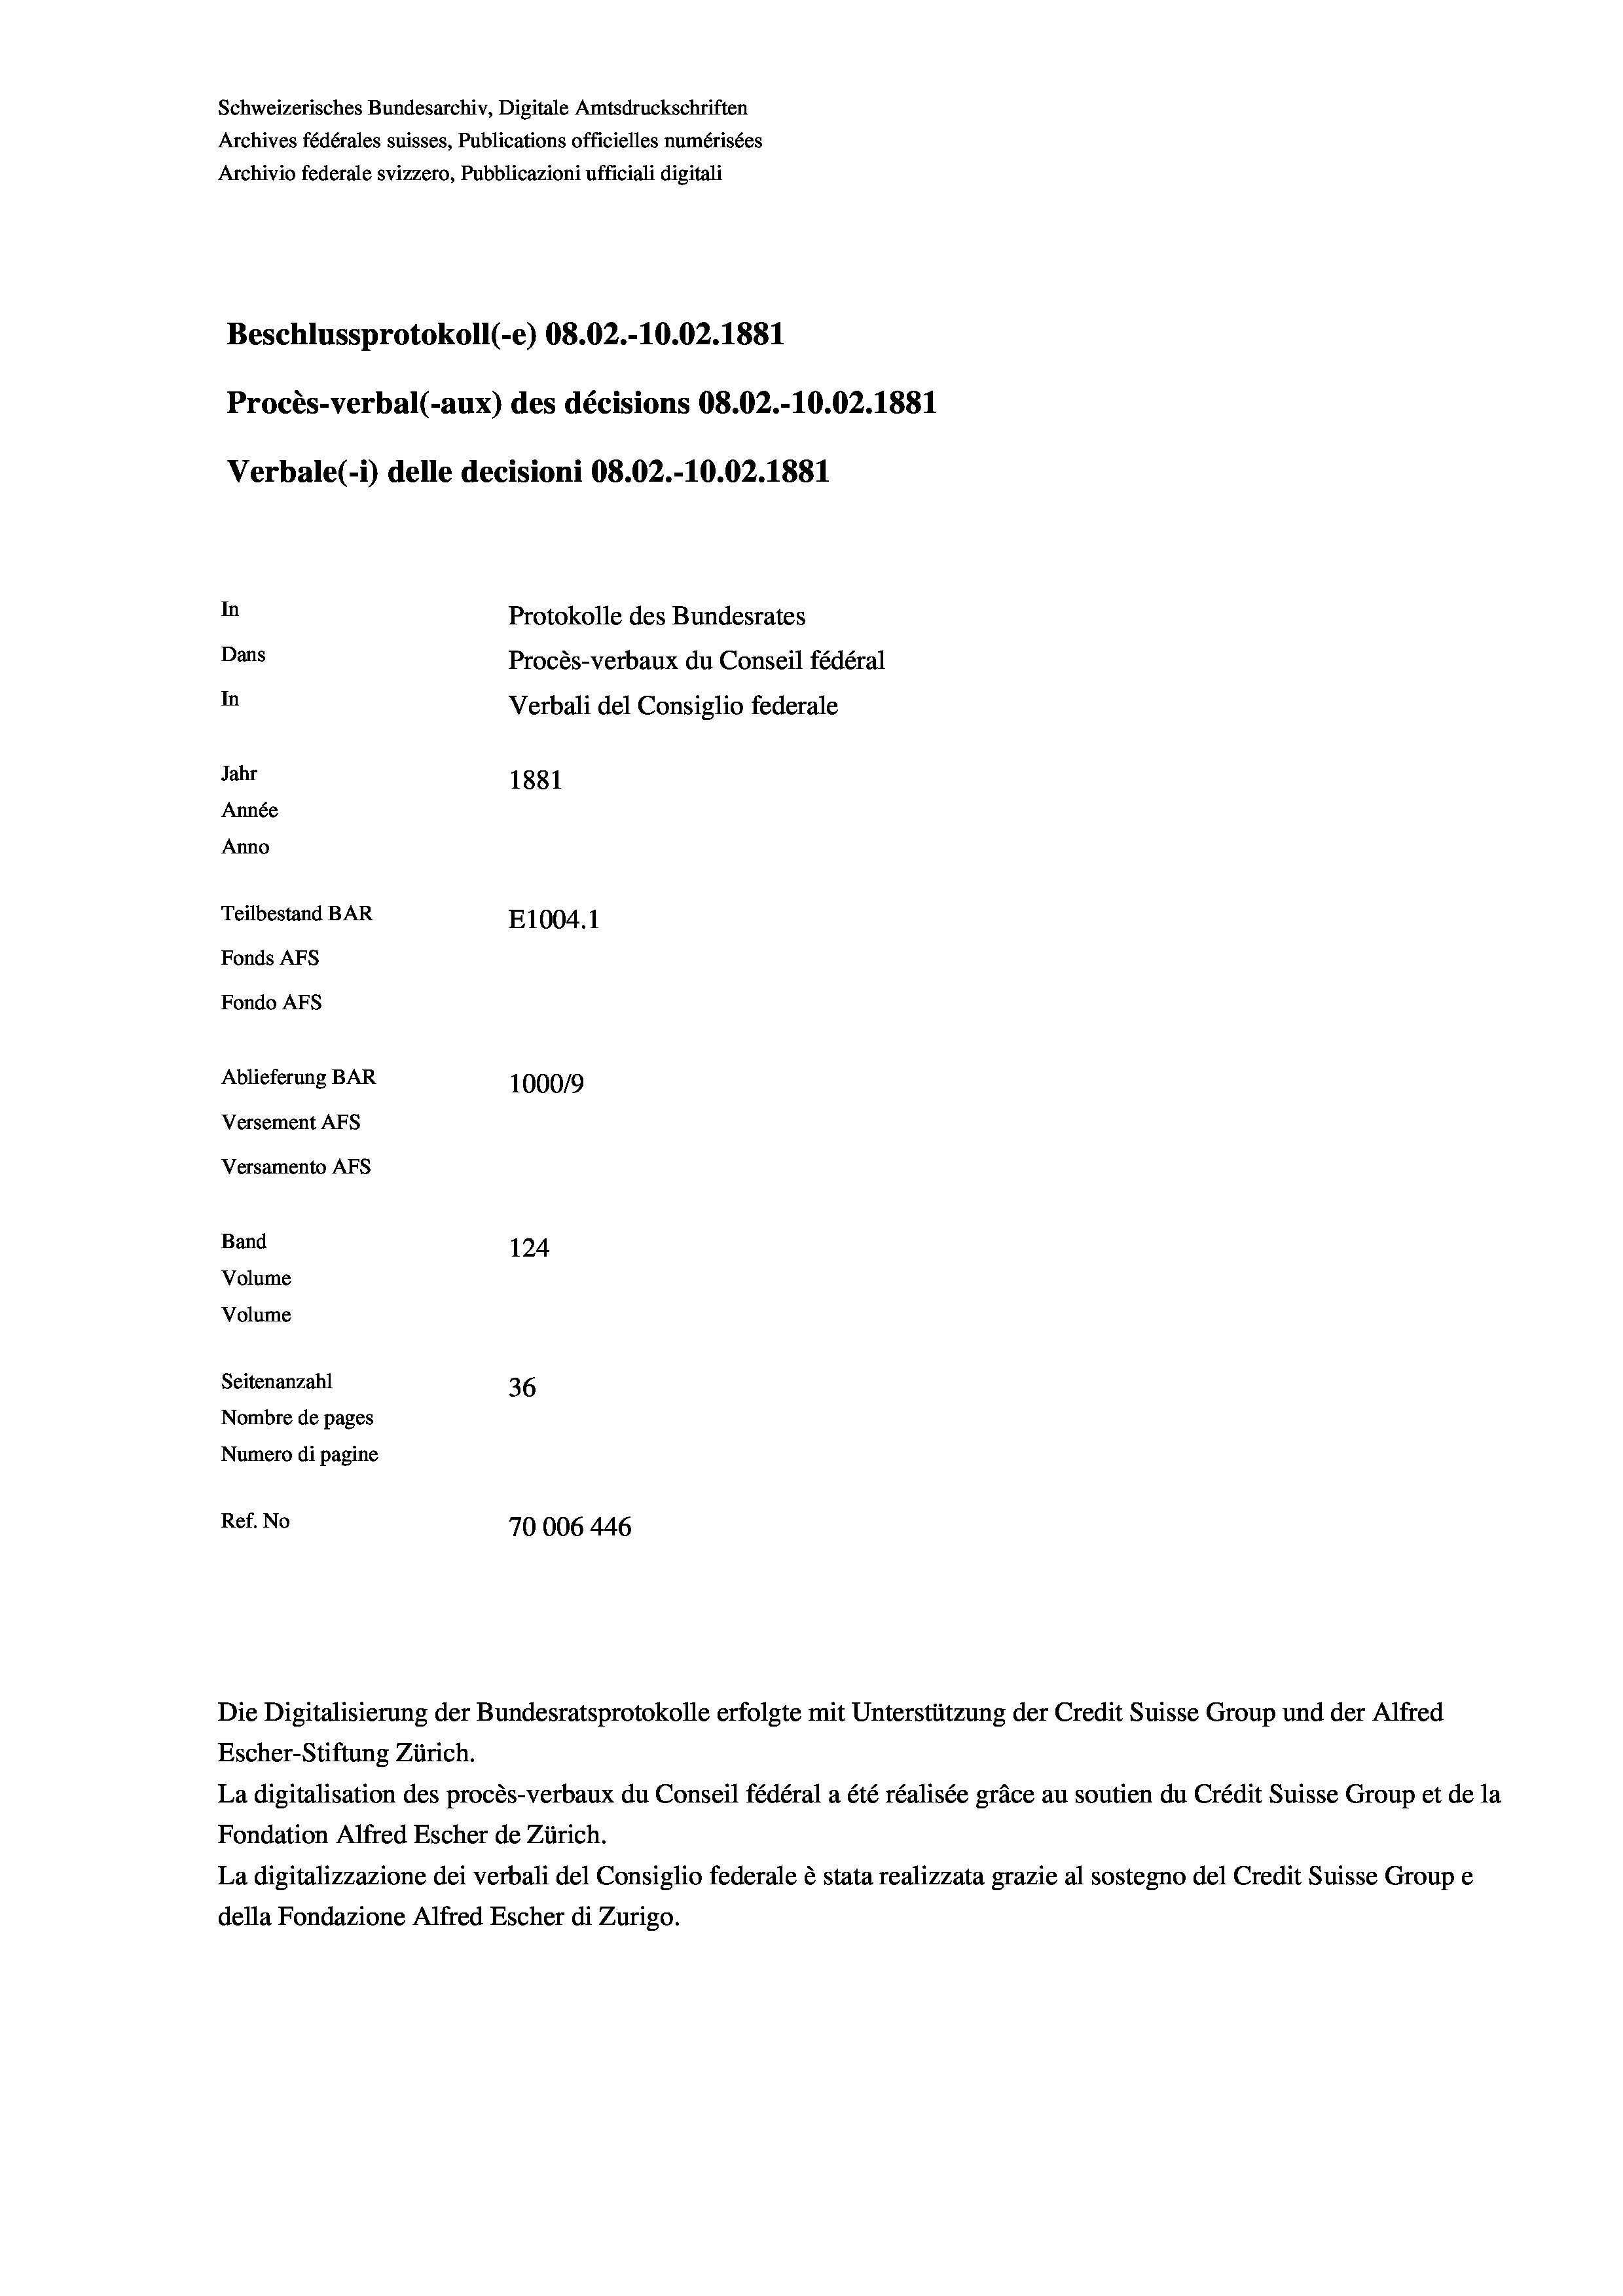
Schweizerisches Bundesarchiv, Digitale Amtsdruckschriften
Archives fédérales suisses, Publications officielles numérisées
Archivio federale svizzero, Pubblicazioni ufficiali digitali
Beschlussprotokoll (-e) 08.02.-10.02.1881
Procès-verbal (-aux) des décisions 08.02.-10.02. 1881
Verbale(-*) delle decisioni 08.02.-10.02.1881
In
Protokolle des Bundesrates
Dans
Procès-verbaux du Conseil fédéral
In
Verbali del Consiglio federale
Jahr
1881
Année
Anno
Teilbestand BAR
E1004. 1
Fonds AFs
Fondo Afs
Ablieferung BAR
100019
Versement AFs
Versamento Afs
Band
124
Volume
Volume
Seitenanzahl

36
Nombre de pages
Numero di pagine
Ref. No
70006 446

Escher-Stiftung Zürich.
La digitalisation des procès-verbaux du Conseil fédéral a été réalisée gräce au soutien du Crédit Suisse Group et de la
Fondation Alfred Escher de Zürich.
La digitalizzazione dei verbali del Consiglio federale è stata realizzata grazie al sostegno del Credit Suisse Groupe
della Fondazione Alfred Escher di Zurigo.

Die Digitalisierung der Bundesratsprotokolle erfolgte mit Unterstützung der Credit Suisse Group und der Alfred